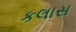
કલાસ